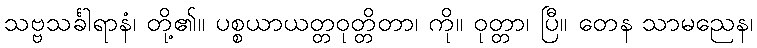
သဗ္ဗသင်္ခါရာနံ၊ တို့၏။ ပစ္စယာယတ္တဝုတ္တိတာ၊ ကို။ ဝုတ္တာ၊ ပြီ။ တေန သာမညေန၊